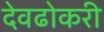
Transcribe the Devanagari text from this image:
देवढोकरी